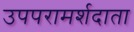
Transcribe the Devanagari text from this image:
उपपरामर्शदाता